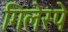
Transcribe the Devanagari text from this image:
गिलेस्पे